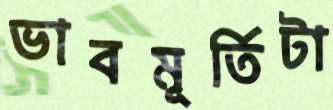
ভাবমূর্তিটা